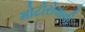
મોટોરોલાની